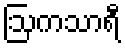
ဩကသာရီ